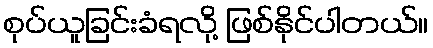
စုပ်ယူခြင်းခံရလို့ ဖြစ်နိုင်ပါတယ်။